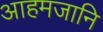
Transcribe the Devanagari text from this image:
आहमजानि